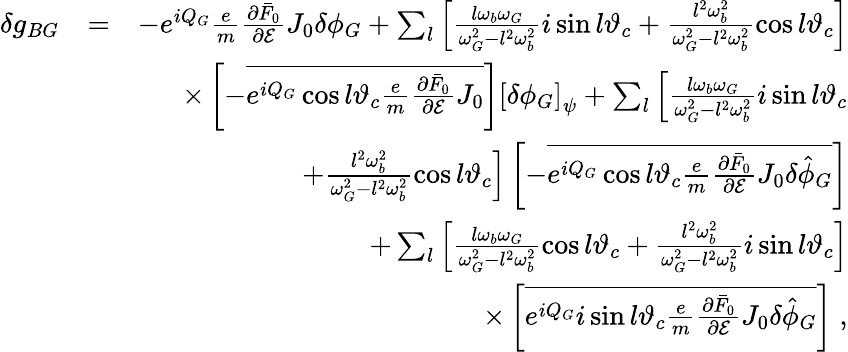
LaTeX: \begin{array}{rlr}{\delta g_{BG}}&{=}&{-e^{iQ_{G}}\frac{e}{m}\frac{\partial\bar{F}_{0}}{\partial\mathcal{E}}J_{0}\delta\phi_{G}+\sum_{l}\left[\frac{l\omega_{b}\omega_{G}}{\omega_{G}^{2}-l^{2}\omega_{b}^{2}}i\sin l\vartheta_{c}+\frac{l^{2}\omega_{b}^{2}}{\omega_{G}^{2}-l^{2}\omega_{b}^{2}}\cos l\vartheta_{c}\right]}\\ &{}&{\times\left[-\overline{{e^{iQ_{G}}\cos l\vartheta_{c}\frac{e}{m}\frac{\partial\bar{F}_{0}}{\partial\mathcal{E}}J_{0}}}\right]\left[\delta\phi_{G}\right]_{\psi}+\sum_{l}\left[\frac{l\omega_{b}\omega_{G}}{\omega_{G}^{2}-l^{2}\omega_{b}^{2}}i\sin l\vartheta_{c}\right.}\\ &{}&{\left.+\frac{l^{2}\omega_{b}^{2}}{\omega_{G}^{2}-l^{2}\omega_{b}^{2}}\cos l\vartheta_{c}\right]\left[-\overline{{e^{iQ_{G}}\cos l\vartheta_{c}\frac{e}{m}\frac{\partial\bar{F}_{0}}{\partial\mathcal{E}}J_{0}\delta\hat{\phi}_{G}}}\right]}\\ &{}&{+\sum_{l}\left[\frac{l\omega_{b}\omega_{G}}{\omega_{G}^{2}-l^{2}\omega_{b}^{2}}\cos l\vartheta_{c}+\frac{l^{2}\omega_{b}^{2}}{\omega_{G}^{2}-l^{2}\omega_{b}^{2}}i\sin l\vartheta_{c}\right]}\\ &{}&{\times\left[\overline{{e^{iQ_{G}}i\sin l\vartheta_{c}\frac{e}{m}\frac{\partial\bar{F}_{0}}{\partial\mathcal{E}}J_{0}\delta\hat{\phi}_{G}}}\right]\; ,}\end{array}